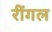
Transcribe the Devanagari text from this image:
रींगल